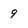
Character: 9